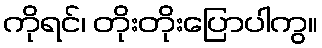
ကိုရင်၊ တိုးတိုးပြောပါကွ။